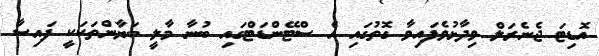
އޮޑިޓަ ޖެނެރަލް ވިދާޅުވެފައިވާ ގޮތުގައި އެ ސްޓޭންޑަޓްގައި ބުނާ މާލީ ބަޔާންތަކަކީ ފައިސާ